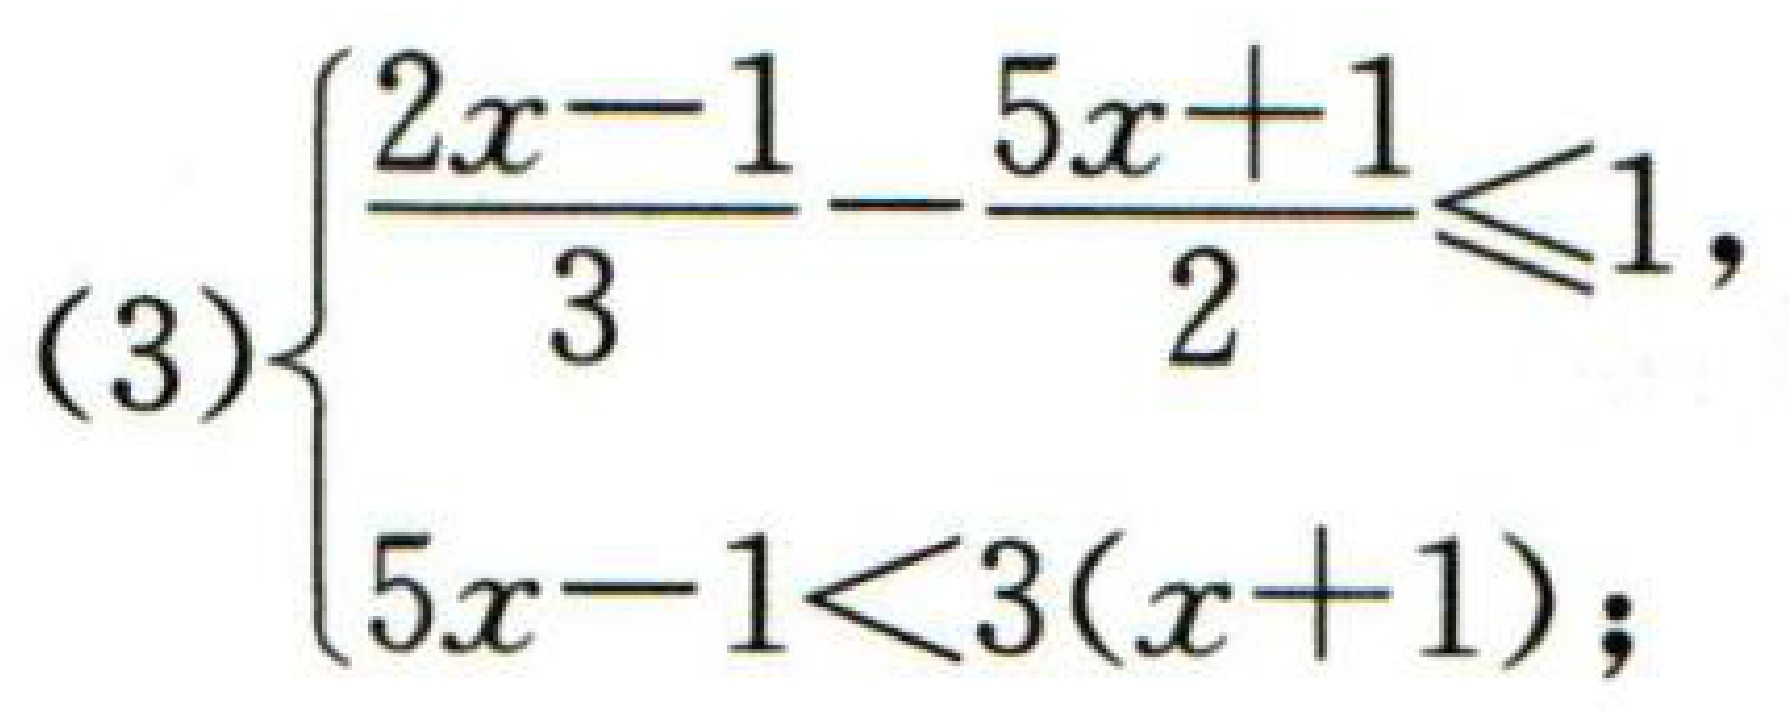
(3)$\begin{cases}
\frac{2x - 1}{3}-\frac{5x + 1}{2}\leq1,\\
5x - 1<3(x + 1);
\end{cases}$